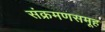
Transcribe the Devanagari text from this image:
संक्रमणसमूह